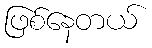
ဖြစ်နေတယ်